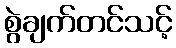
စွဲချက်တင်သင့်